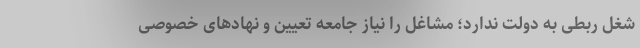
شغل ربطی به دولت ندارد؛ مشاغل را نیاز جامعه تعیین و نهادهای خصوصی